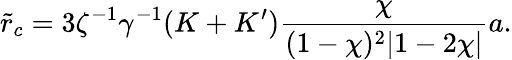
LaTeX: \tilde{r}_{c}=3\zeta^{-1}\gamma^{-1}(K+K^{\prime})\frac{\chi}{(1-\chi)^{2}|1-2\chi|}a.